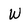
Character: W